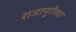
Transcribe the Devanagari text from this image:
राजापुरीच्या